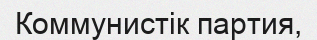
Коммунистік партия,